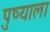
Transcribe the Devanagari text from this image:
पुष्याला